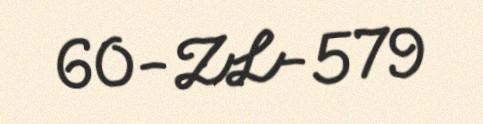
60-ZL-579